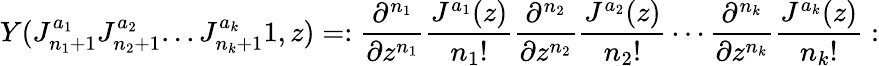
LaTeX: Y(J_{n_{1}+1}^{a_{1}}J_{n_{2}+1}^{a_{2}}...J_{n_{k}+1}^{a_{k}}1,z)=:{\frac{\partial^{n_{1}}}{\partial z^{n_{1}}}}{\frac{J^{a_{1}}(z)}{n_{1}!}}{\frac{\partial^{n_{2}}}{\partial z^{n_{2}}}}{\frac{J^{a_{2}}(z)}{n_{2}!}}\cdots{\frac{\partial^{n_{k}}}{\partial z^{n_{k}}}}{\frac{J^{a_{k}}(z)}{n_{k}!}}: